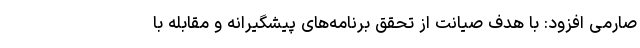
صارمی افزود: با هدف صیانت از تحقق برنامه‌های پیشگیرانه و مقابله با